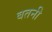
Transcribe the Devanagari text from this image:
बतनी